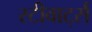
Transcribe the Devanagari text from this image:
स्टीवार्ट्स